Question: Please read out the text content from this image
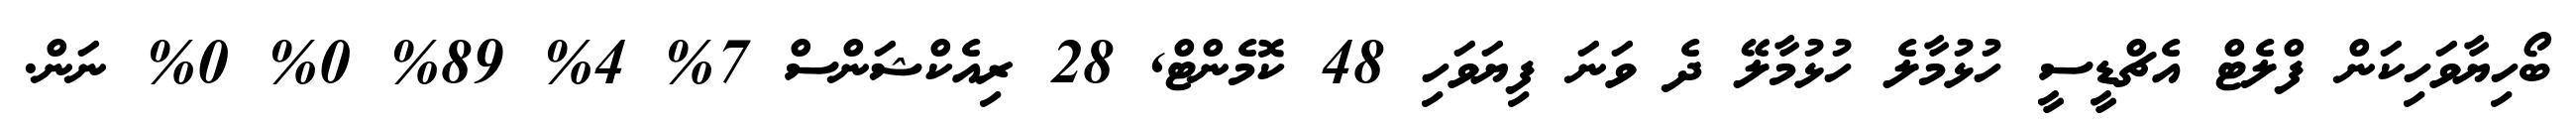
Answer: ބޯހިޔާވަހިކަން ފްލެޓް އެޗްޑީސީ ހުޅުމާލެ ހުޅުމާލޭ ދެ ވަނަ ފިޔަވަހި 48 ކޮމެންޓް, 28 ރިއެކްޝަންސް 7% 4% 89% 0% 0% ނަން.